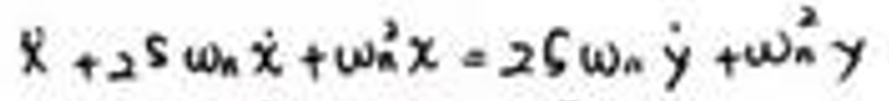
$x + 2\xi\omega_n\dot{x}+\omega_n^2x = 2\xi\omega_n\dot{y}+\omega_n^2y$